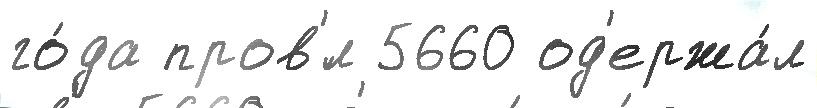
го́да пров'́л 5660 од'ержа́л